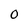
Character: 0